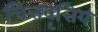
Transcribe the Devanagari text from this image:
चित्तवृत्तिय